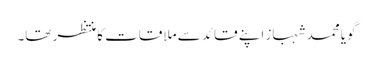
گویا محمد شہباز اپنے قائد سے ملاقات کا منتظر تھا۔